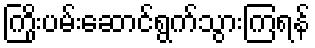
ကြိုးပမ်းဆောင်ရွက်သွားကြရန်